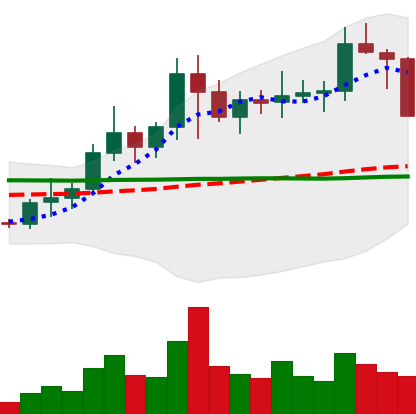
Ticker: NEO-USD
Chart end date: 2021-01-21
Forward return: 5.011%
Label: up_5_7